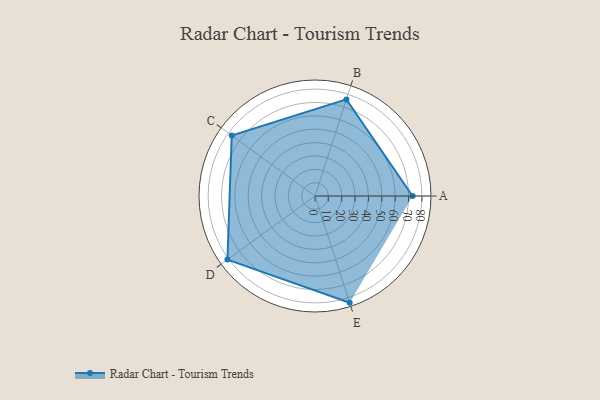
{"axis": {"x": "Skill", "y": "Score"}, "legend": ["Profile"], "data": [{"x": "A", "y": 73.0, "type": "Profile"}, {"x": "B", "y": 76.0, "type": "Profile"}, {"x": "C", "y": 77.0, "type": "Profile"}, {"x": "D", "y": 81.0, "type": "Profile"}, {"x": "E", "y": 84.0, "type": "Profile"}]}